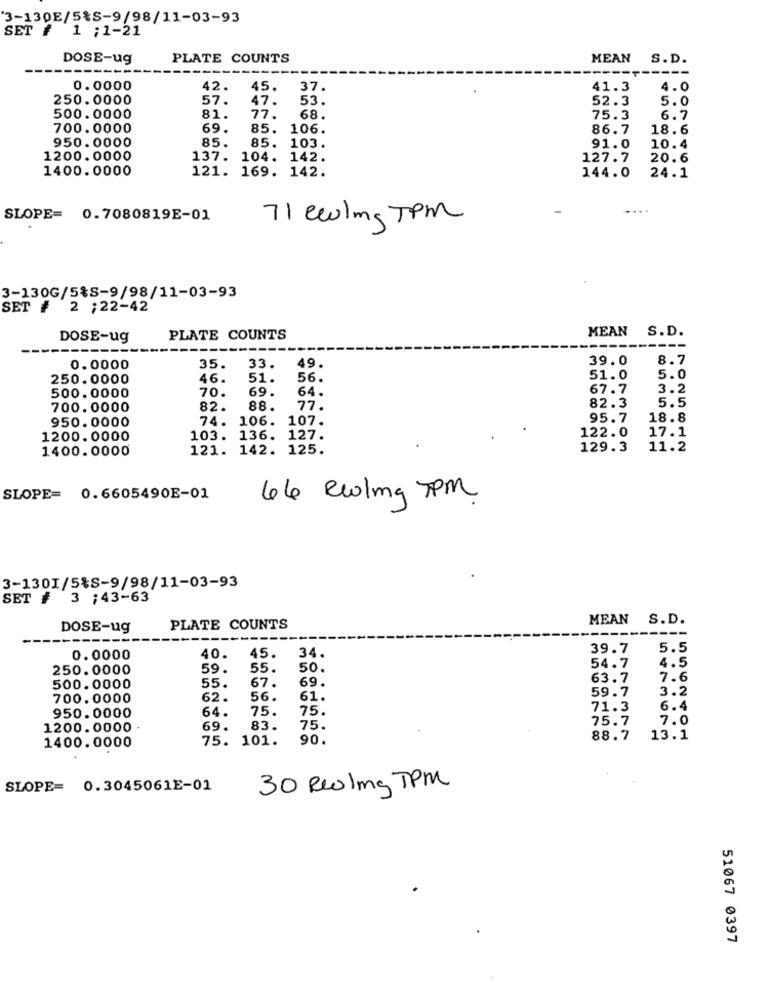
'3-130E/5%S-9/98/11-03-93
SET # 1 ;1-21
DOSE-ug
PLATE COUNTS
MEAN S.D.
0.0000
42.
45.
37.
41.3
4.0
250.0000
57.
47.
53.
52.3
5.0
500.0000
81.
77.
68.
75.3
6.7
700.0000
69.
85.
106.
86.7
18.6
950.0000
85.
85.
103.
91.0
10.4
1200.0000
137. 104. 142.
127.7
20.6
1400.0000
121. 169. 142.
144.0
24.1
SLOPE= 0.7080819E-01
71 eeling TPM
3-130G/5%S-9/98/11-03-93
SET #
2 ;22-42
MEAN S.D.
DOSE-ug
PLATE COUNTS
39.0
8.7
0.0000
35.
33.
49.
250.0000
46.
51.
56.
51.0
5.0
70.
69.
64.
67.7
3.2
500.0000
700.0000
82.
88.
77.
82.3
5.5
950.0000
74.
106. 107.
95.7
18.8
122.0
17.1
1200.0000
103. 136. 127.
1400.0000
121. 142. 125.
129.3
11.2
SLOPE= 0.6605490E-01
66 ewing TPM
3-1301/5%S-9/98/11-03-93
SET # 3 ;43-63
MEAN S.D.
DOSE-ug
PLATE COUNTS
---
34.
39.7
5.5
0.0000
40.
45.
250.0000
59.
55.
50.
54.7
4.5
69.
63.7
7.6
500.0000
55.
67.
59.7
3.2
700.0000
62.
56.
61.
64.
75.
75.
71.3
6.4
950.0000
75.7
7.0
1200.0000
69.
83.
75.
1400.0000
75. 101.
90.
88.7
13.1
SLOPE= 0.3045061E-01
30 Reoling TPM
51067 0397